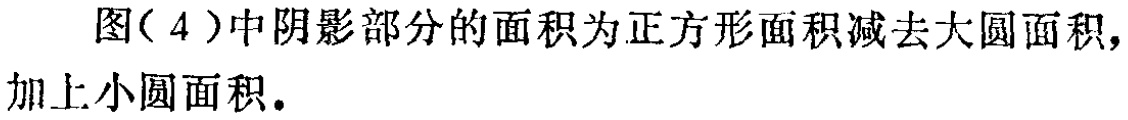
图（4）中阴影部分的面积为正方形面积减去大圆面积，加上小圆面积。